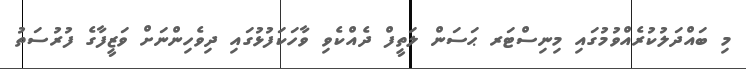
މި ބައްދަލުކުރެއްވުމުގައި މިނިސްޓަރ ޙަސަން ލަތީފް ދެއްކެވި ވާހަކަފުޅުގައި ދިވެހިންނަށް ވަޒީފާގެ ފުރުސަތު